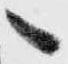
へ